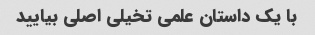
با یک داستان علمی تخیلی اصلی بیایید